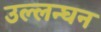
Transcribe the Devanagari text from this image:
उल्लन्घन